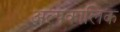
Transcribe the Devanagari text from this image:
अल्‍पकालिक